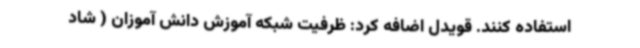
استفاده کنند. قویدل اضافه کرد: ظرفیت شبکه آموزش دانش آموزان ( شاد